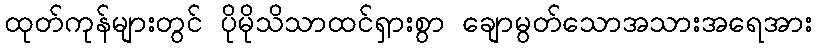
ထုတ်ကုန်များတွင် ပိုမိုသိသာထင်ရှားစွာ ချောမွတ်သောအသားအရေအား